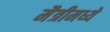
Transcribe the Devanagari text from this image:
मैत्रीमध्ये